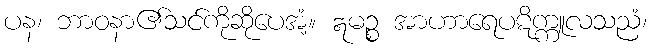
ပန၊ ဘာဝနာ၏သင်ကိုဆိုပေအံ့။ ဣမဉ္စ အာဟာရေပဋိက္ကူလသညံ၊